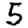
Digit: 5